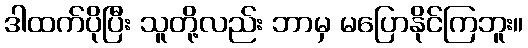
ဒါထက်ပိုပြီး သူတို့လည်း ဘာမှ မပြောနိုင်ကြဘူး။